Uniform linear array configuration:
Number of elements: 12
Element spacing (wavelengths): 0.25
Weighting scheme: binomial
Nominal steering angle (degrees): -45
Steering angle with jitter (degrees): -45.067
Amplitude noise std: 0.05
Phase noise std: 0.05

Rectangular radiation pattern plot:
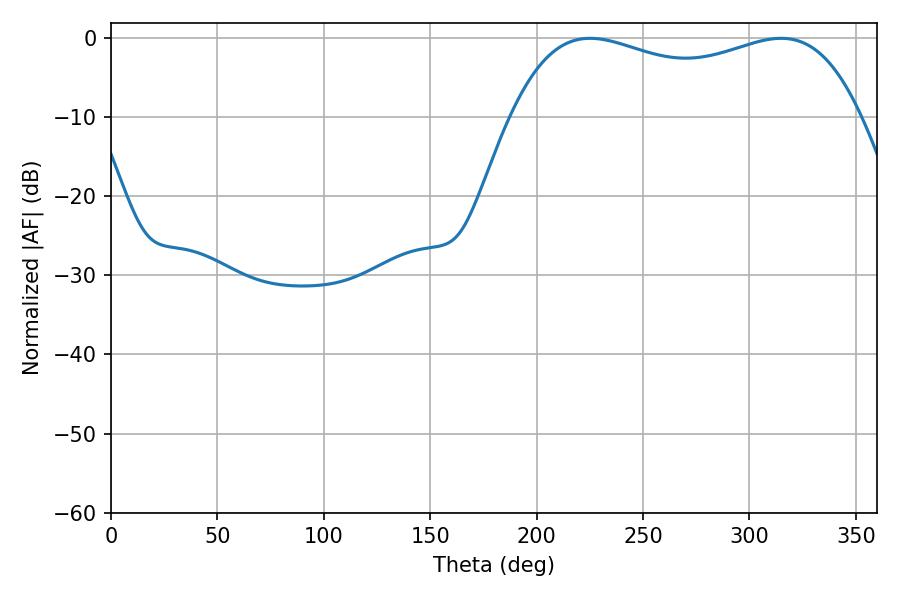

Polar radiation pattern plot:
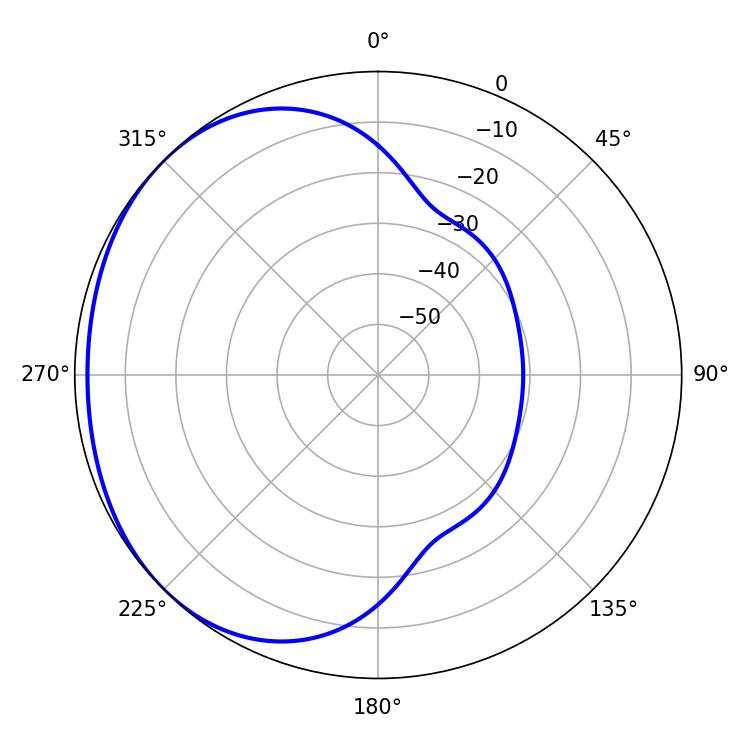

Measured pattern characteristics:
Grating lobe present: FALSE
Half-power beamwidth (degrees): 134.28
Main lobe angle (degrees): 225.18